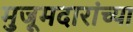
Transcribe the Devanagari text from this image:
मुजूमदारांच्या